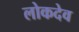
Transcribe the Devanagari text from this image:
लोकदेव